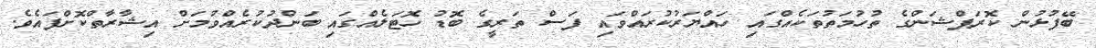
ބޭފުޅުން ކޮރަޕްޝަންގެ ތުހުމަތުތަކެއްގައި ހައްޔަރުކުރައްވައި ފަސް ތަރީގެ ބޮޑު ހޮޓަލެއްގައި ބަންދުކުރެއްވުމަށް އިޝާރާތްކޮށްފައެވެ.